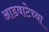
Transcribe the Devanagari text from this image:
आडवाटेच्या